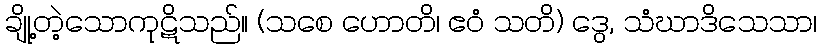
ချို့တဲ့သောကုဋိသည်။ (သစေ ဟောတိ၊ ဧဝံ သတိ) ဒွေ, သံဃာဒိသေသာ၊